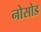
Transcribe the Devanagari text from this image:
नोसोड